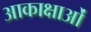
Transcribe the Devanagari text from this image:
आकाक्षाओं